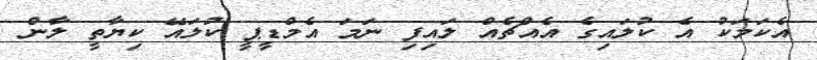
އެކަމަކު އެ ކުލައިގެ އެއްޗެއް ލައިފި ނަމަ އެމްޑީޕީ ކުލައޭ ކިޔާތީ ލާން